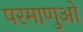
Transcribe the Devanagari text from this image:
परमाणुओ